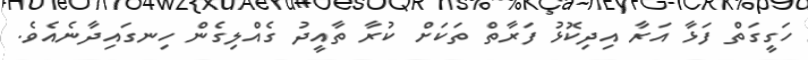
ހަގީގަތް ފަޅާ އަރާ އިދިކޮޅު ފަރާތް ތަކަށް ކުރާ ތާއީދު ގެއްލިގެން ހިނގައިދާނެއެވެ.